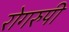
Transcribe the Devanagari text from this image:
रोगरुपी